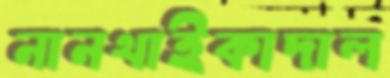
নানথাইকাদাল